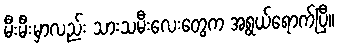
မီးမီးမှာလည်း သားသမီးလေးတွေက အရွယ်ရောက်ပြီ။